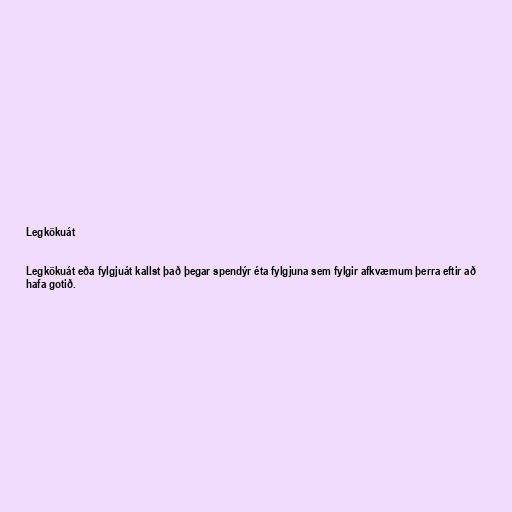
Legkökuát

Legkökuát eða fylgjuát kallst það þegar spendýr éta fylgjuna sem fylgir afkvæmum þerra eftir að
hafa gotið.